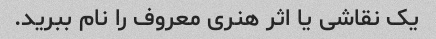
یک نقاشی یا اثر هنری معروف را نام ببرید.